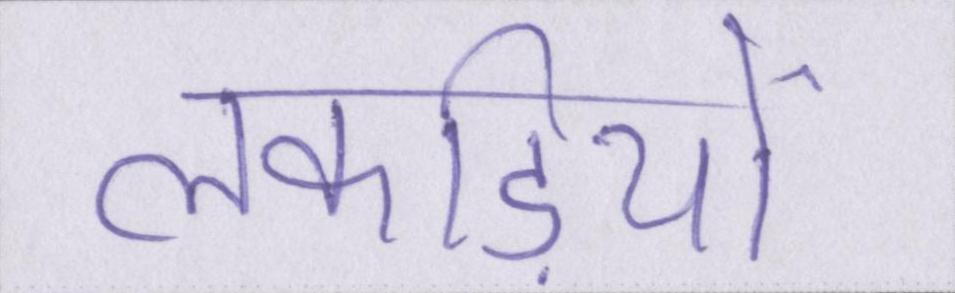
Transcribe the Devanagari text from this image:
लकड़ियों